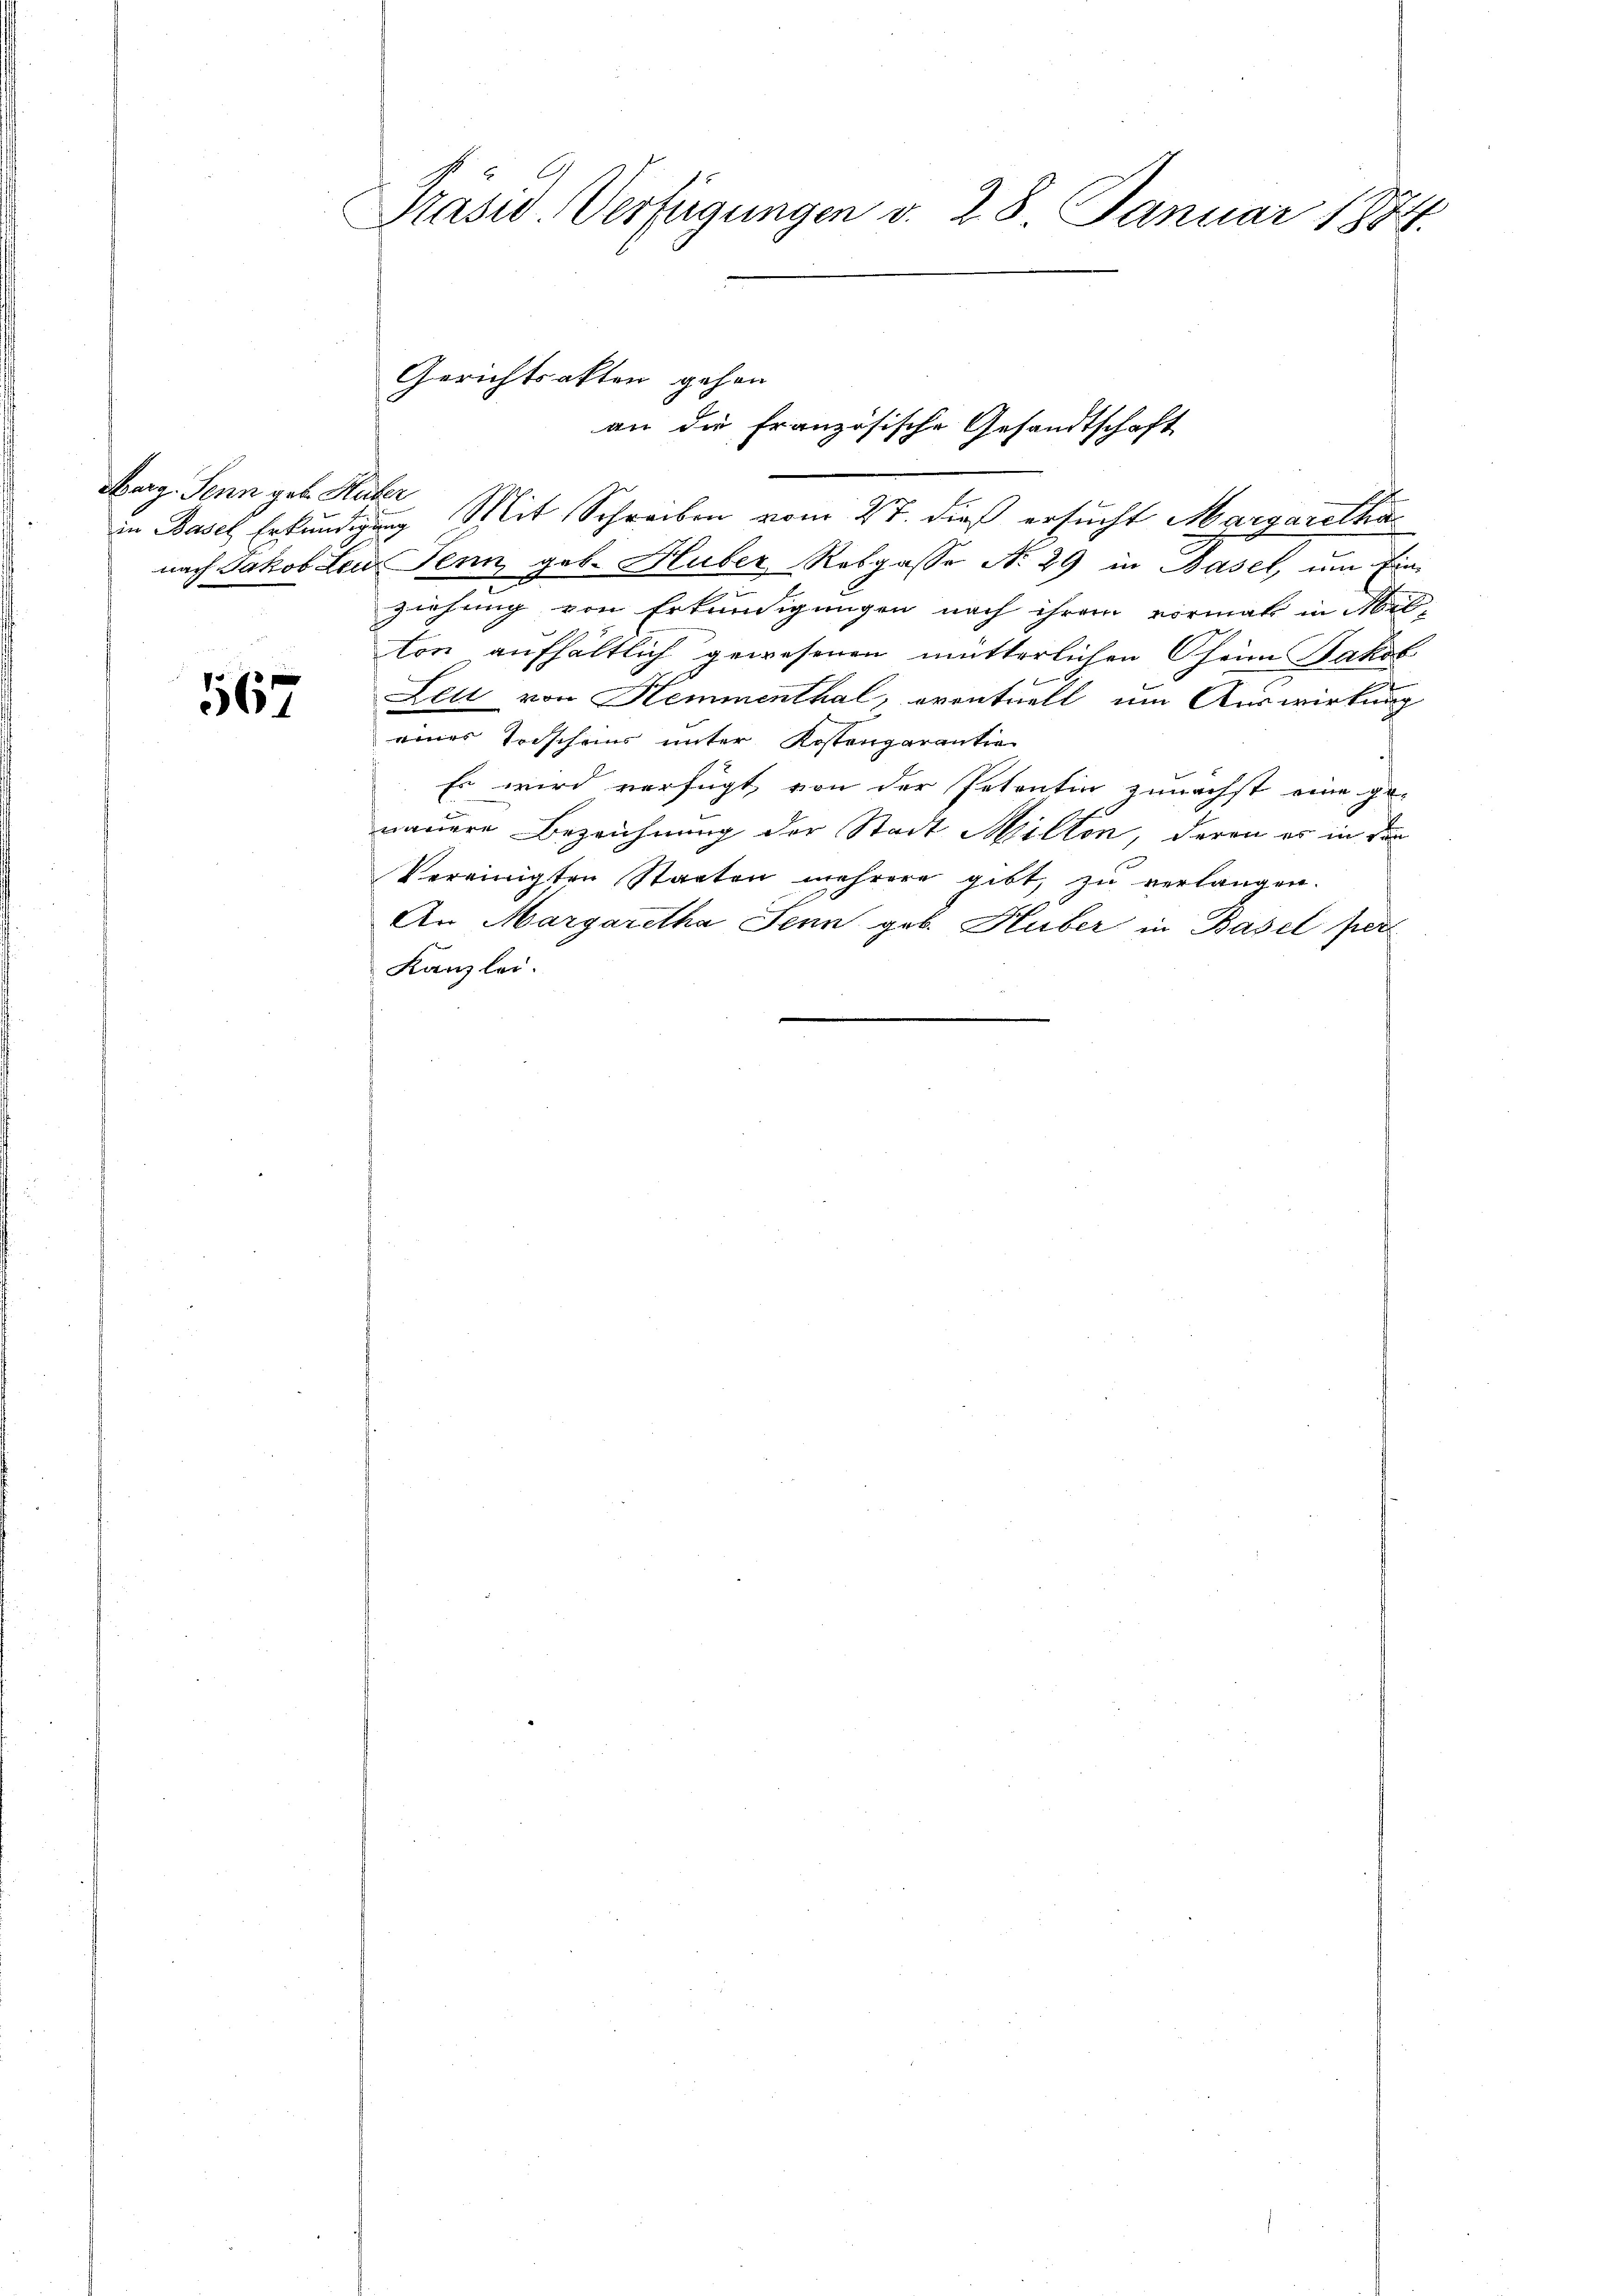
Berg. Senn geb. Haber

567

Präsid Verfügungen v. 28. Januar 1874.

Gerichtsakten gehen
an die französische Gesandtschaft
in Basel Erkundigung Mit Schreiben vom 27. dieß ersucht Margaretha

nach Jakob Leu Jenn, geb. Huber Rebgasse No. 29 in Basel, um Einx
ziehung von Erkundigungen nach ihrem vormals in Milton aufhältlich gewesenen mütterlichen heim Jakob
Leu von Hemmenthal, eventuell um Auswirkung
eines Todscheins unter Kostengarantie
Es wird verfügt, von der Petentin zunächst eine ge-
nauere Bezeichnung der Stadt Milten, deren es in den
Vereinigten Staaten mehrere gibt, zu verlangen.
An Margaretha Jenn geb. Huber in Basel per
Kanzlei.